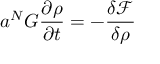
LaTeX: a ^ { N } G \frac { \partial \rho } { \partial t } = - \frac { \delta \mathcal { F } } { \delta \rho }